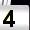
Digit: 4